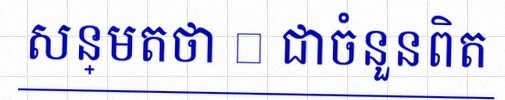
សន្មតថា x ជាចំនួនពិត